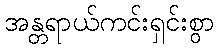
အန္တရာယ်ကင်းရှင်းစွာ